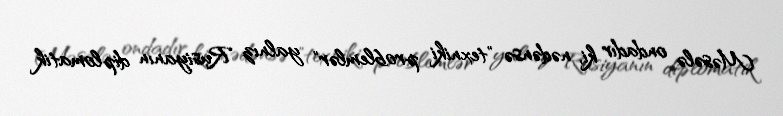
Məsələ ondadır ki, nədənsə "texniki problemlər" yalnız Rusiyanın diplomatik